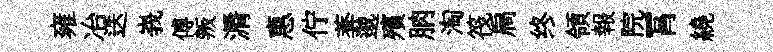
雍冶迭峩傅叛漘惠佇莾邈殯朒淘筏扃终領報院罥繞